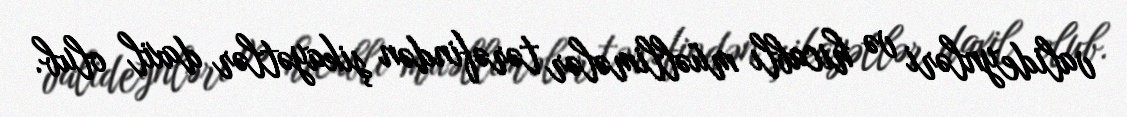
valideynləri və hicablı müəllimələr tərəfindən şikayətlər daxil olub.